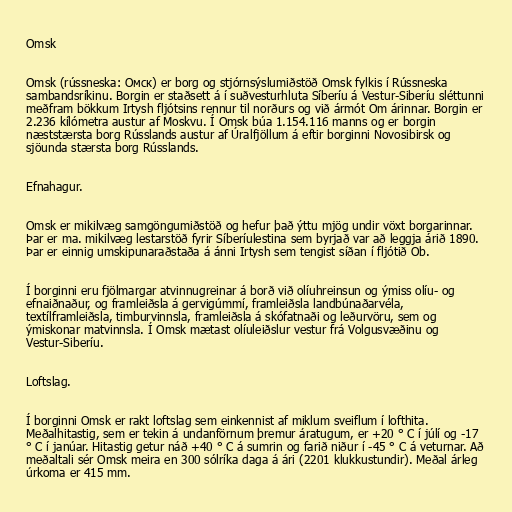
Omsk

Omsk (rússneska: Омск) er borg og stjórnsýslumiðstöð Omsk fylkis í Rússneska
sambandsríkinu. Borgin er staðsett á í suðvesturhluta Síberíu á Vestur-Siberíu sléttunni
meðfram bökkum Irtysh fljótsins rennur til norðurs og við ármót Om árinnar. Borgin er
2.236 kílómetra austur af Moskvu. Í Omsk búa 1.154.116 manns og er borgin
næststærsta borg Rússlands austur af Úralfjöllum á eftir borginni Novosibirsk og
sjöunda stærsta borg Rússlands.

Efnahagur.

Omsk er mikilvæg samgöngumiðstöð og hefur það ýttu mjög undir vöxt borgarinnar.
Þar er ma. mikilvæg lestarstöð fyrir Síberíulestina sem byrjað var að leggja árið 1890.
Þar er einnig umskipunaraðstaða á ánni Irtysh sem tengist síðan í fljótið Ob.

Í borginni eru fjölmargar atvinnugreinar á borð við olíuhreinsun og ýmiss olíu- og
efnaiðnaður, og framleiðsla á gervigúmmí, framleiðsla landbúnaðarvéla,
textílframleiðsla, timburvinnsla, framleiðsla á skófatnaði og leðurvöru, sem og
ýmiskonar matvinnsla. Í Omsk mætast olíuleiðslur vestur frá Volgusvæðinu og
Vestur-Siberíu.

Loftslag.

Í borginni Omsk er rakt loftslag sem einkennist af miklum sveiflum í lofthita.
Meðalhitastig, sem er tekin á undanförnum þremur áratugum, er +20 ° C í júlí og -17
° C í janúar. Hitastig getur náð +40 ° C á sumrin og farið niður í -45 ° C á veturnar. Að
meðaltali sér Omsk meira en 300 sólríka daga á ári (2201 klukkustundir). Meðal árleg
úrkoma er 415 mm.